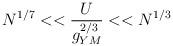
LaTeX: \begin{align*}N^{1/7}<<\frac{U}{g_{YM}^{2/3}}<<N^{1/3} \end{align*}